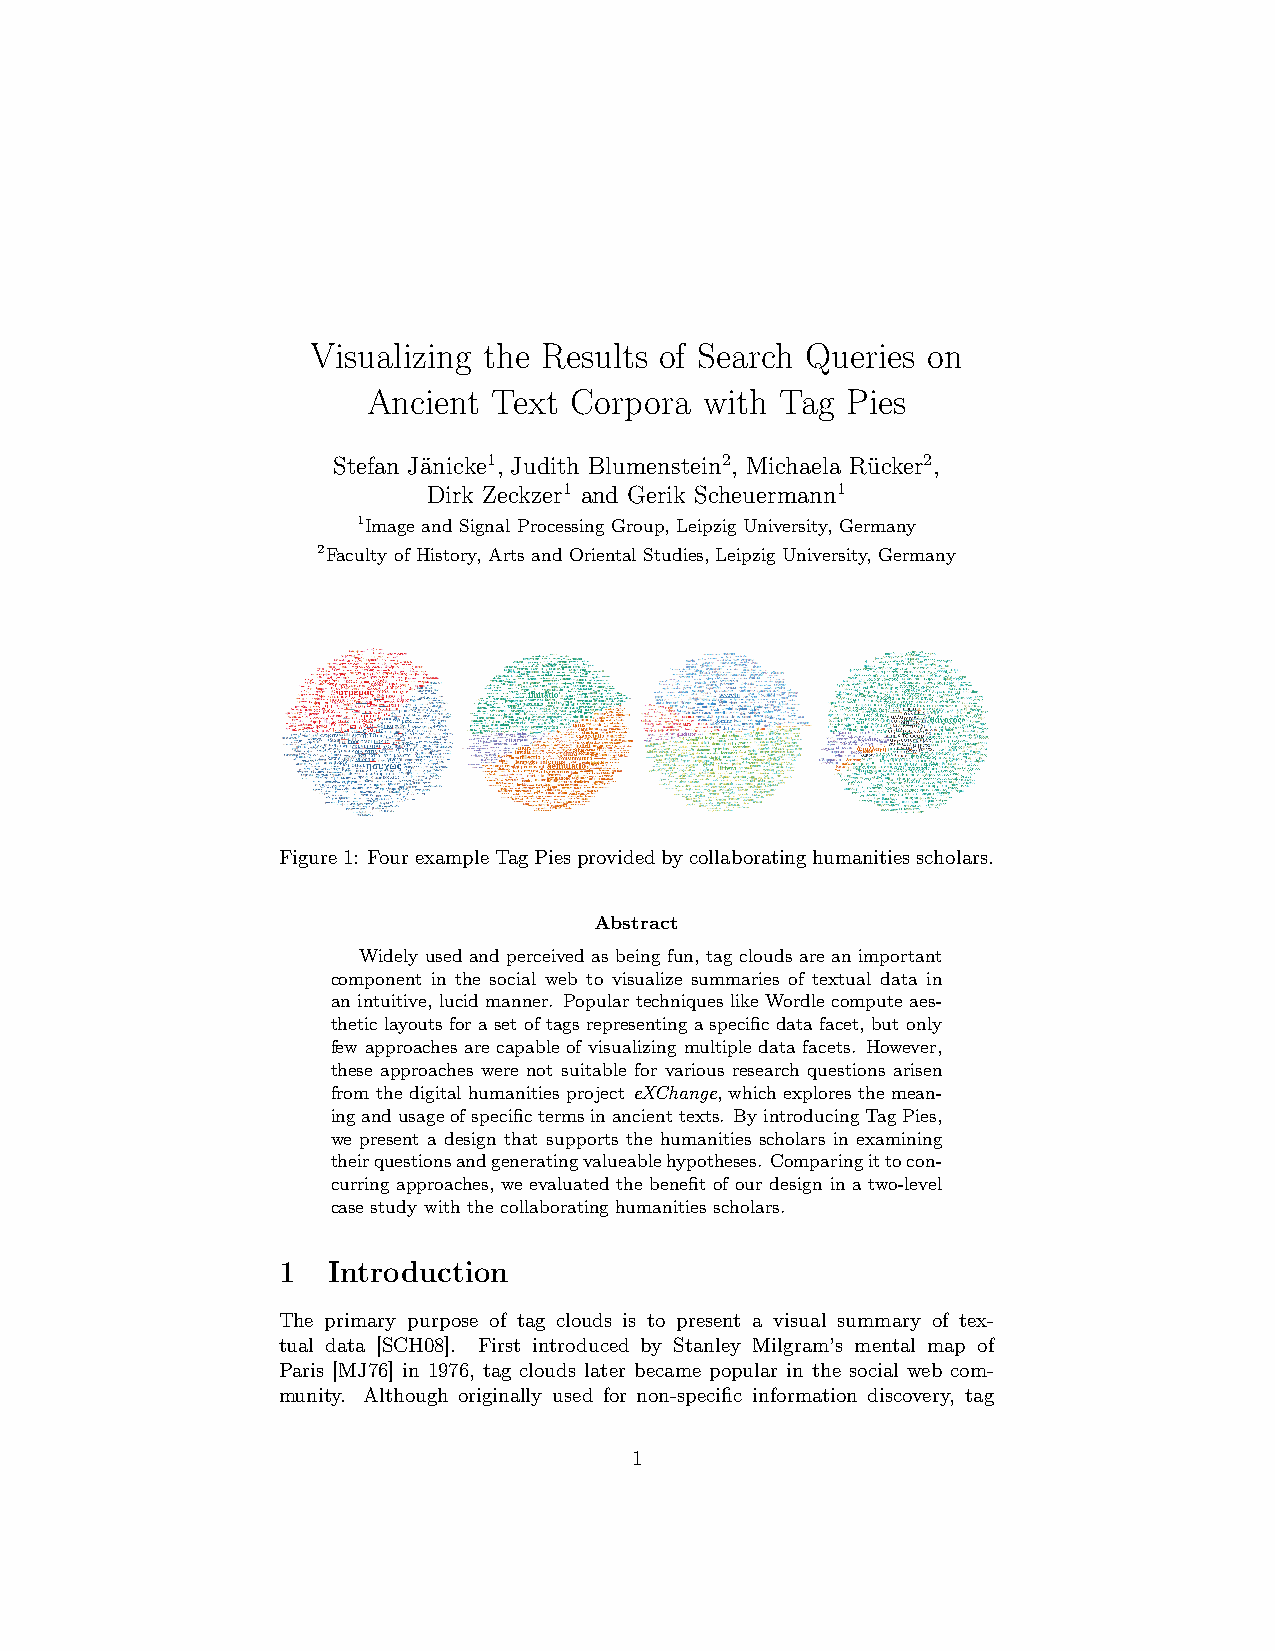
Visualizing the Results of Search Queries on
 Ancient  Text Corpora  with Tag Pies
 Stefan Jänicke1, Judith Blumenstein2, Michaela Rücker2,
 Dirk Zeckzer1 and Gerik Scheuermann1
 1Image and Signal Processing Group, Leipzig University, Germany
 2Faculty of History, Arts and Oriental Studies, Leipzig University, Germany
 Figure1: FourexampleTagPiesprovidedbycollaboratinghumanitiesscholars.
 Abstract
 Widely used and perceived as being fun, tag clouds are an important
 component in the social web to visualize summaries of textual data in
 an intuitive, lucid manner. Popular techniques like Wordle compute aes-
 theticlayoutsforasetoftagsrepresentingaspecificdatafacet,butonly
 few approaches are capable of visualizing multiple data facets. However,
 these approaches were not suitable for various research questions arisen
 from the digital humanities project eXChange, which explores the mean-
 ingandusageofspecifictermsinancienttexts. ByintroducingTagPies,
 we present a design that supports the humanities scholars in examining
 theirquestionsandgeneratingvalueablehypotheses. Comparingittocon-
 curring approaches, we evaluated the benefit of our design in a two-level
 case study with the collaborating humanities scholars.
 1   Introduction
 The primary purpose of tag clouds is to present a visual summary of tex-
 tual data [SCH08]. First introduced by Stanley Milgram’s mental map of
 Paris [MJ76] in 1976, tag clouds later became popular in the social web com-
 munity. Although originally used for non-specific information discovery, tag
 1